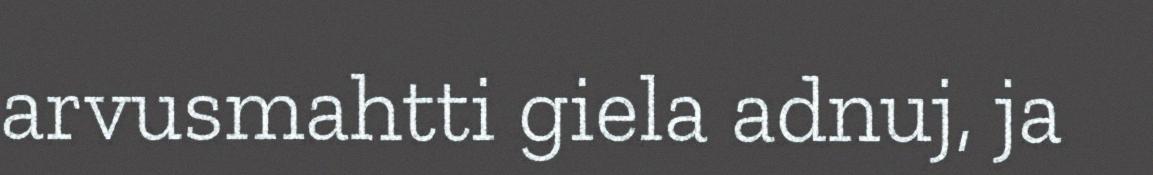
arvusmahtti giela adnuj, ja